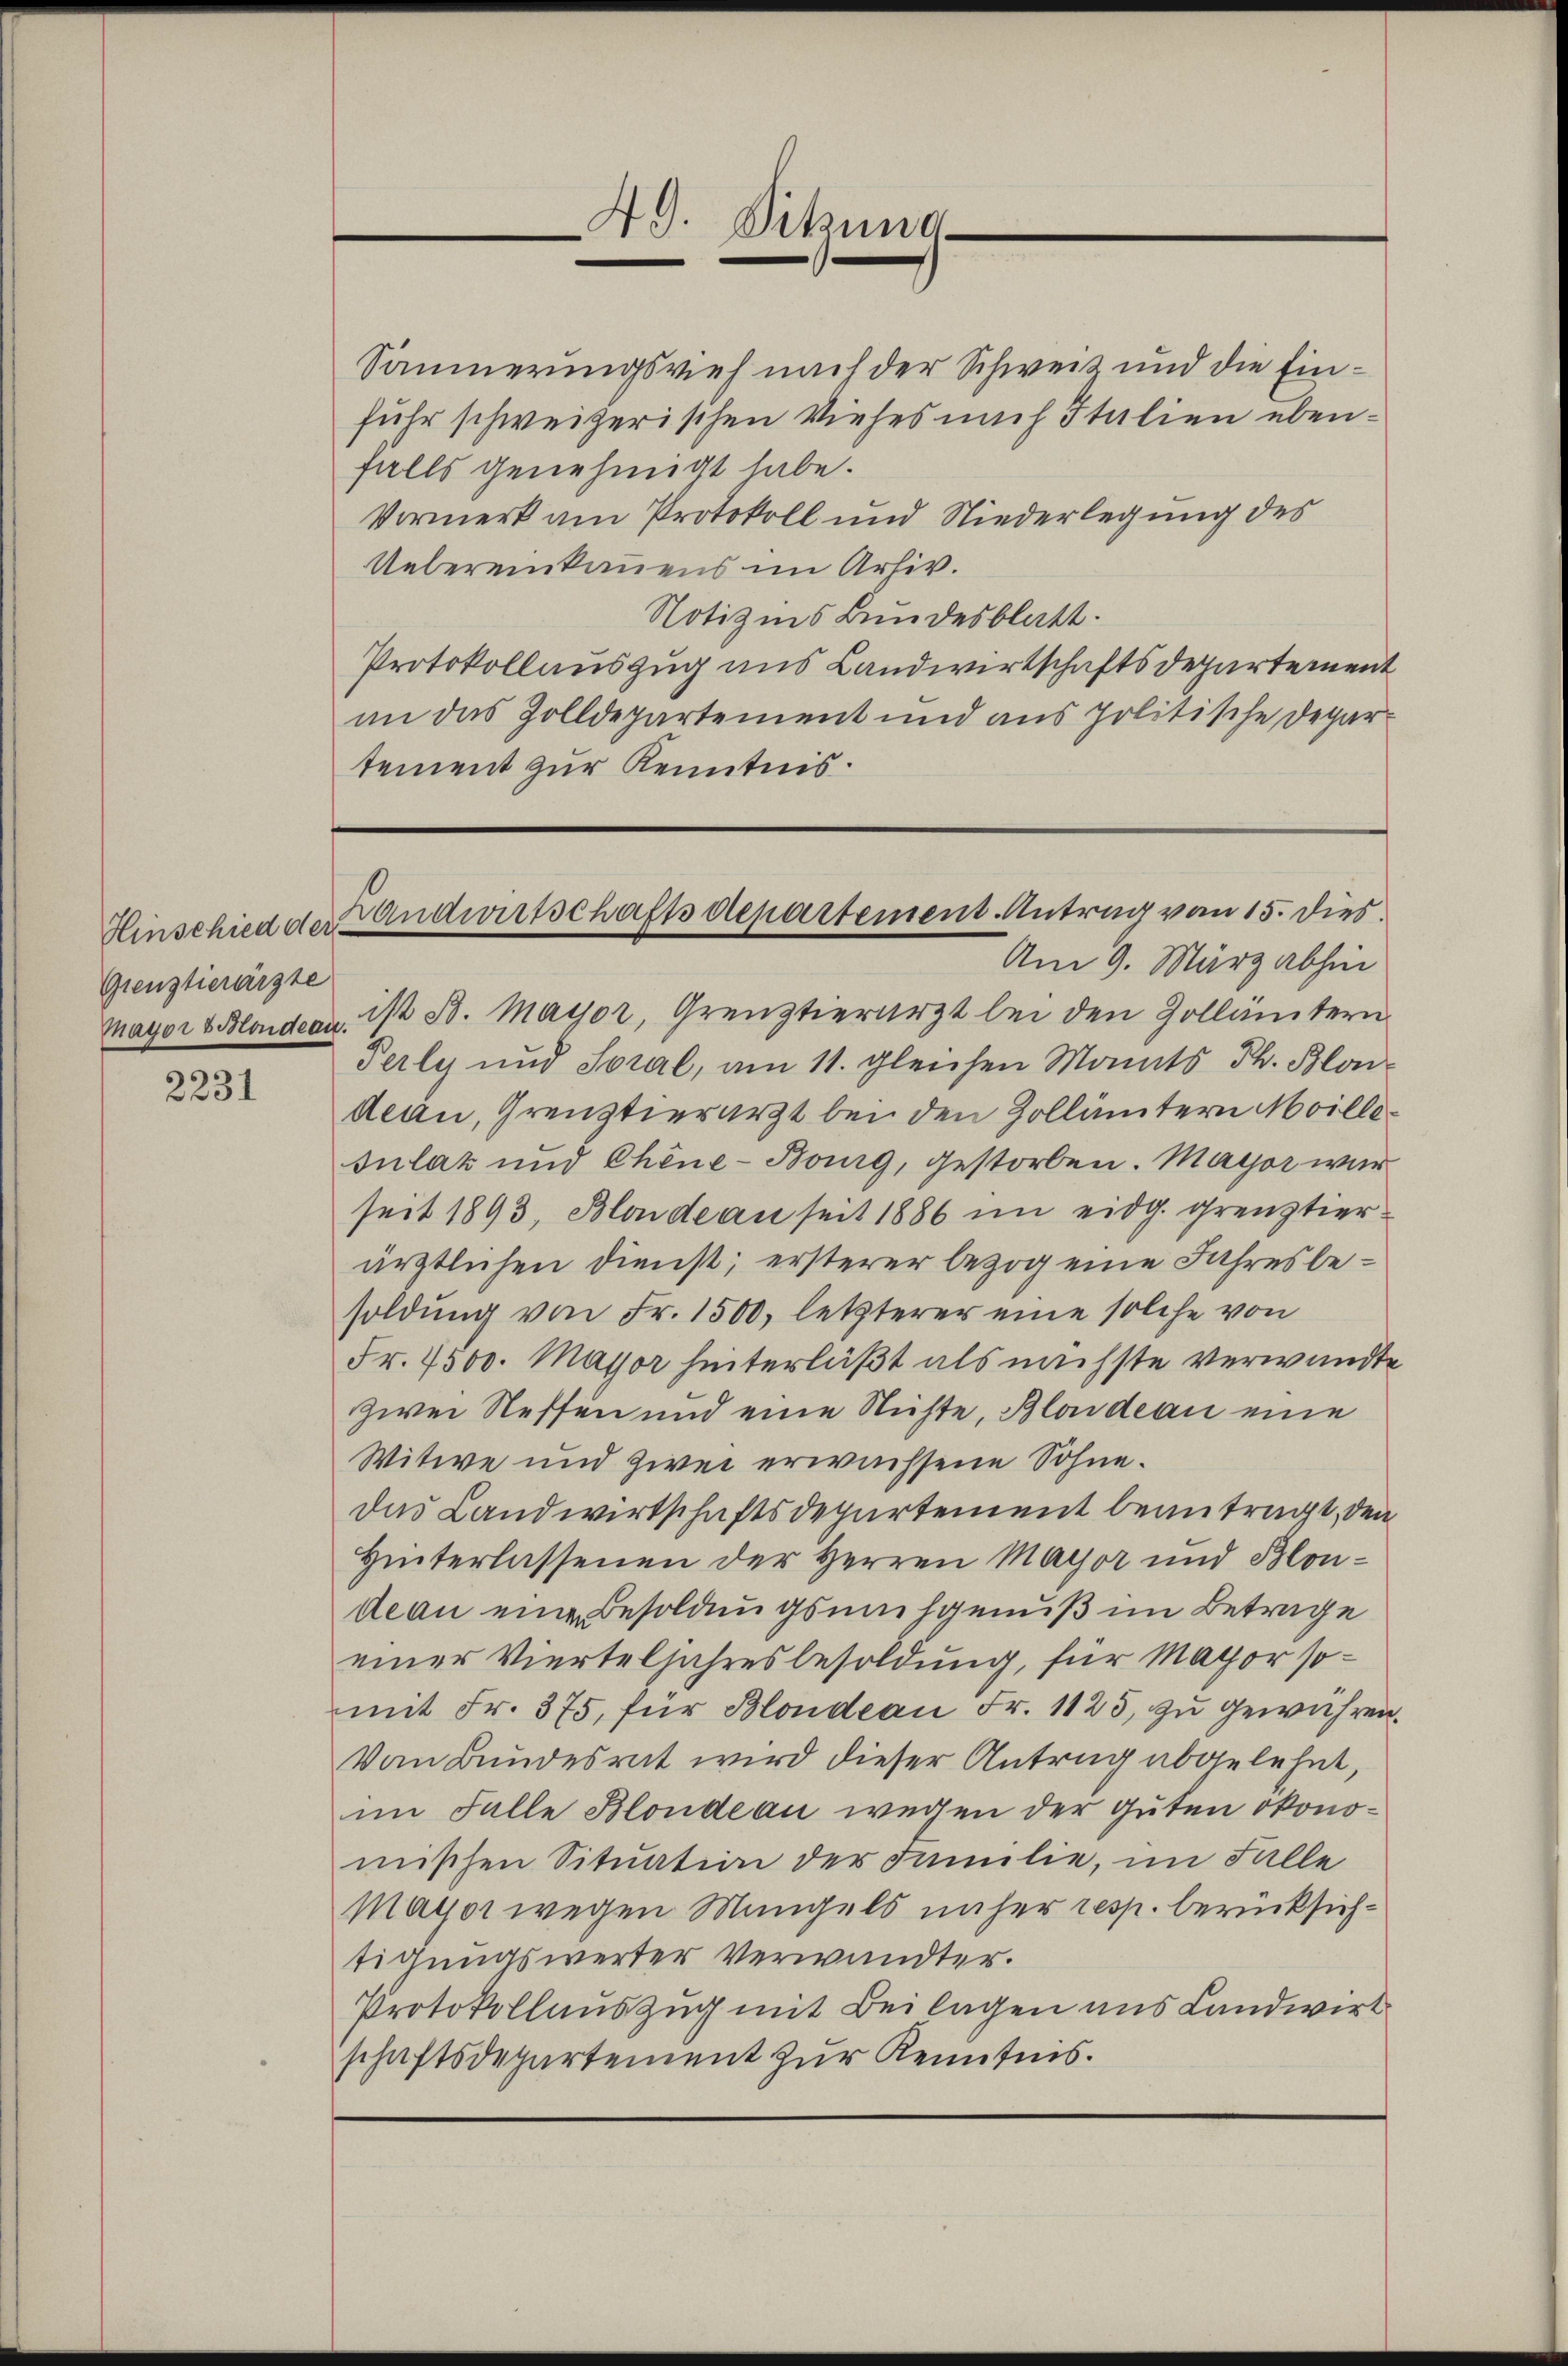
Hinschied der
Grenztierärzte

2231

Säumerungsvieh nach der Schweiz und die Einfuhr schweizerischen Viehes nach Italien ebenfalls genehmigt habe.
Vormerk am Protokoll und Niederlegung des
Uebereinkamens im Arhiv.
Notiz ins Bundesblatt.
Protokollauszug uns Landwirtschaftsdepartement
an das Zolldepartement und aus politische Departement zur Kenntnis.

49. Sitzung

Landwirtschaftsdepartement. Antrag von 15. Dies
Am 9. März abhin

Mayor & Blondean. 1/2 St. Mayor, Grenztierarzt bei den Zollämtern
Perly und Soral, am 11. gleichen Monats Th. Blo
deau, Grenztierarzt bei den Zollämtern Moille¬
Julaz und Chine-Bourg, gestorben. Mayor war
seit 1893, Blonde an seit 1886 im eidg. Grenztierärztlichen Dienst; ersterer bezog eine Jahresbesoldung von Fr. 1500, letzterer eine solche von
Fr. 4500. Major hinterläßt als nächste verwandte
zwei Neffen und eine Nichte, Blaideau eine
Witwe und zwei erwachsene Söhne.
das Landwirtschaftsdepartement beantragt, den
Hinterlassenen der Herren Mayor und Blondeau eine Besoldungsnachgenuß im Betrage
einer Vierteljahresbesoldung, für Major somit Fr. 375, für Blondean Fr. 1125, zu gewähren.
Vom Bundesrat wird dieser Antrag abgelehnt,
im Falle Blonde an wegen der Guten ökonomischen Situation der Familie, im Falle
Mayor wegen Mangels näher resp. berücksichtigungswerter Verwandter.
Protokollauszug mit Beilagen ans Landwirt
schaftsdepartement zur Kenntnis.